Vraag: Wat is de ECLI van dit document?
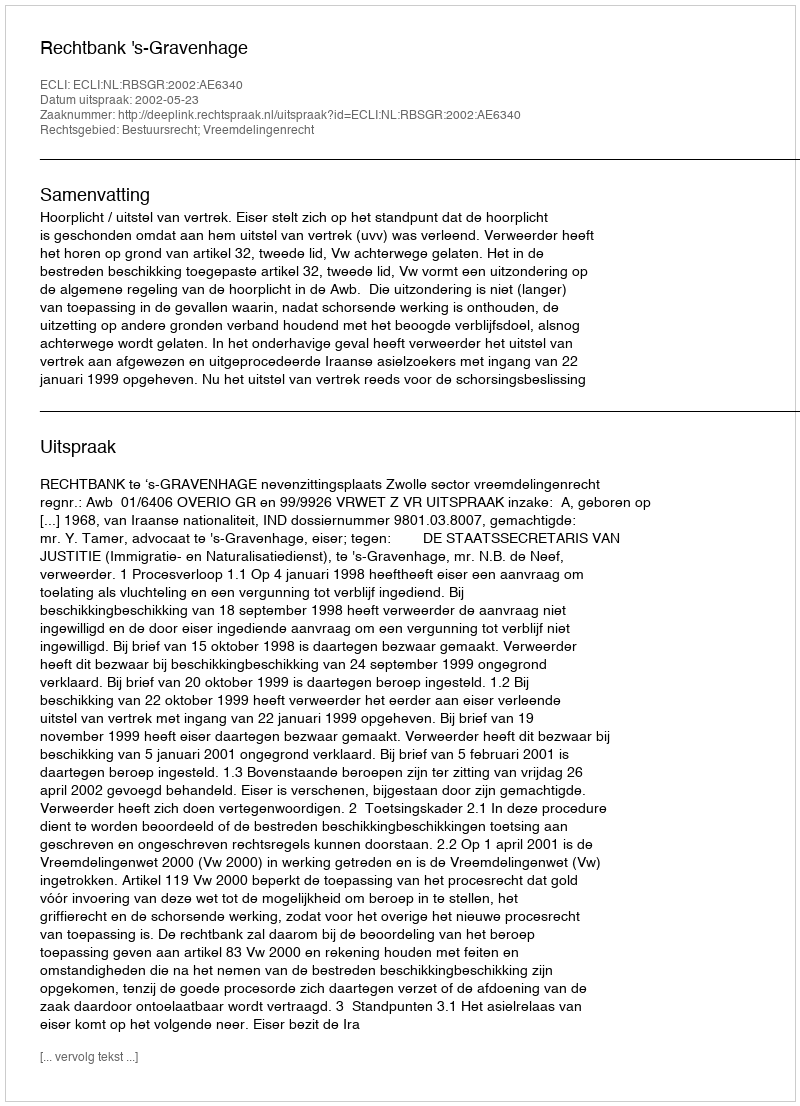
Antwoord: ECLI:NL:RBSGR:2002:AE6340